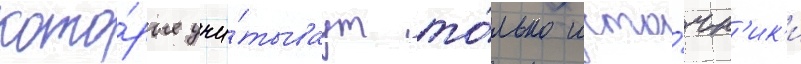
кото́рые учи́тываут то́лько исто́чн'ик'и